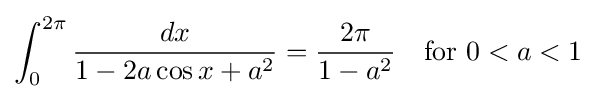
\int _{0}^{2\pi }{\frac {dx}{1-2a\cos x+a^{2}}}={\frac {2\pi }{1-a^{2}}}\quad {\text{for }}0<a<1